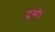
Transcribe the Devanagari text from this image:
टुमो।